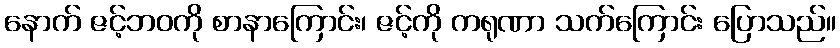
နောက် ဇင့်ဘဝကို စာနာကြောင်း၊ ဇင့်ကို ကရုဏာ သက်ကြောင်း ပြောသည်။